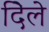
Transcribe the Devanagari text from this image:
दिेले